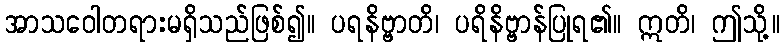
အာသဝေါတရားမရှိသည်ဖြစ်၍။ ပရနိဗ္ဗာတိ၊ ပရိနိဗ္ဗာန်ပြုရ၏။ ဣတိ၊ ဤသို့။